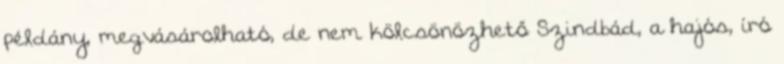
példány, megvásárolható, de nem kölcsönözhető Szindbád, a hajós, író